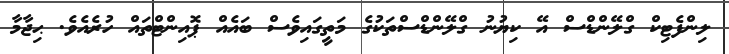
ލިންފެޓިކް ގްލޭންޑްސް އޭ ކިޔުނު ގްލޭންޑްސްތަކުގެ މަތީގައިވެސް ބައެއް ޕޮއިންޓްތައް ހުރެއެވެ. ޙިޖާމާ